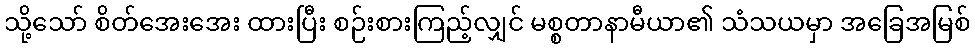
သို့သော် စိတ်အေးအေး ထားပြီး စဉ်းစားကြည့်လျှင် မစ္စတာနာမီယာ၏ သံသယမှာ အခြေအမြစ်